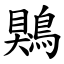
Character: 鶪